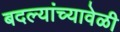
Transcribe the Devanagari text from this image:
बदल्यांच्यावेळी